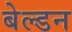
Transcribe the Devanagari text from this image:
बेल्डन